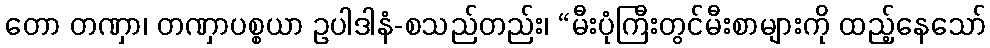
တော တဏှာ၊ တဏှာပစ္စယာ ဥပါဒါနံ-စသည်တည်း၊ “မီးပုံကြီးတွင်မီးစာများကို ထည့်နေသော်